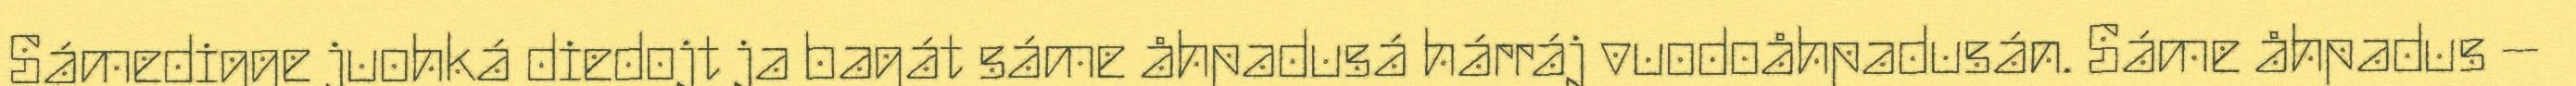
Sámedigge juohká diedojt ja bagát sáme åhpadusá hárráj vuodoåhpadusán. Sáme åhpadus –